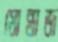
মোন্তাজ